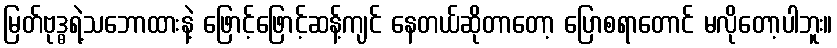
မြတ်ဗုဒ္ဓရဲ့သဘောထားနဲ့ ဖြောင့်ဖြောင့်ဆန့်ကျင် နေတယ်ဆိုတာတော့ ပြောစရာတောင် မလိုတော့ပါဘူး။